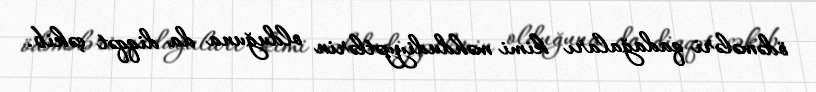
ödəmələri qadağaları kimi məhdudiyyətlərin olduğuna da diqqət çəkib.